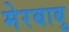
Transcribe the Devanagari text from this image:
मेरबाबु